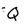
Character: Q